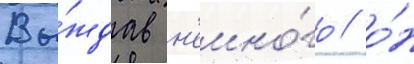
Вы́ждав н'емно́го / о́н